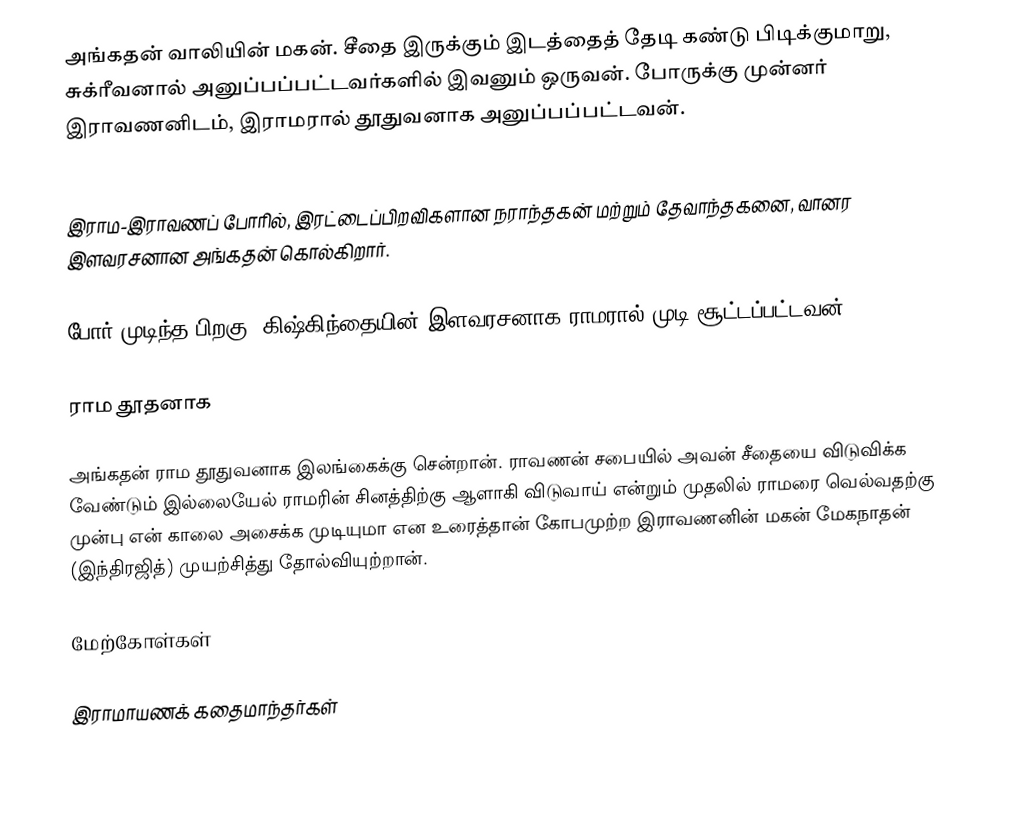
அங்கதன் வாலியின் மகன். சீதை இருக்கும் இடத்தைத் தேடி கண்டு பிடிக்குமாறு, சுக்ரீவனால் அனுப்பப்பட்டவர்களில் இவனும் ஒருவன். போருக்கு முன்னர்  இராவணனிடம், இராமரால் தூதுவனாக அனுப்பப்பட்டவன்.

இராம-இராவணப் போரில், இரட்டைப்பிறவிகளான நராந்தகன் மற்றும் தேவாந்தகனை, வானர இளவரசனான அங்கதன் கொல்கிறார்.

போர் முடிந்த பிறகு,  கிஷ்கிந்தையின் இளவரசனாக ராமரால் முடி சூட்டப்பட்டவன்.

ராம தூதனாக

அங்கதன் ராம தூதுவனாக இலங்கைக்கு சென்றான்.  ராவணன்  சபையில் அவன் சீதையை விடுவிக்க வேண்டும்  இல்லையேல் ராமரின் சினத்திற்கு ஆளாகி விடுவாய் என்றும் முதலில் ராமரை வெல்வதற்கு முன்பு என் காலை அசைக்க முடியுமா என உரைத்தான் கோபமுற்ற இராவணனின் மகன் மேகநாதன் (இந்திரஜித்) முயற்சித்து தோல்வியுற்றான்.

மேற்கோள்கள்

 இராமாயணக் கதைமாந்தர்கள்